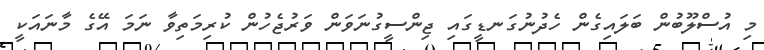
މި އުސްލޫބުން ބަލައިގެން ހެދުނުގަނޑީގައި ޖިންސީގުނަވަން ވަރުޖެހުން ކުރިމަތިވާ ނަމަ އޭގެ މާނައަކީ